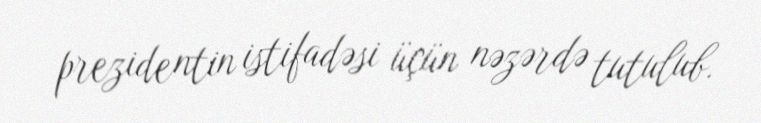
prezidentin istifadəsi üçün nəzərdə tutulub.